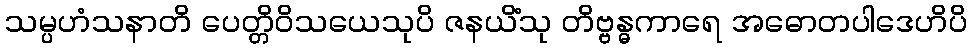
သမ္ပဟံသနာတိ ပေတ္တိဝိသယေသုပိ ဇနယိံသု တိဗ္ဗန္ဓကာရေ အဓောတပါဒေဟိပိ